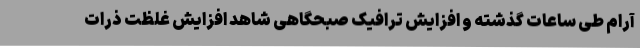
آرام طی ساعات گذشته و افزایش ترافیک صبحگاهی شاهد افزایش غلظت ذرات